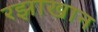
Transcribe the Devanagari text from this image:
रझाखान